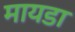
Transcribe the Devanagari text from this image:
मायडा